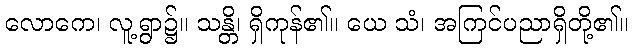
လောကေ၊ လူ့ရွာ၌။ သန္တိ၊ ရှိကုန်၏။ ယေ သံ၊ အကြင်ပညာရှိတို့၏။